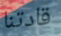
قادتنا